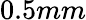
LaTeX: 0.5mm